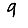
Digit: 9